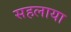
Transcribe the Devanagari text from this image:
सहलाया